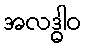
အလဒ္ဓါဝ